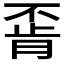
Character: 𫠶